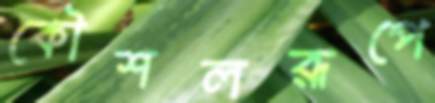
কৌশলরূপে